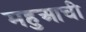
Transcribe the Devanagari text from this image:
महुआची